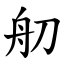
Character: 舠